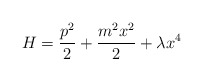
\begin{align*}H=\frac{p^2}{2} +\frac{m^2 x^2}{2} +\lambda x^4\end{align*}